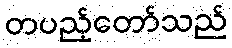
တပည့်တော်သည်